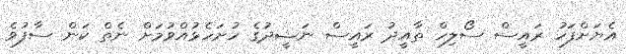
އެޔަށްފަހު ރައީސް ސޯލިހް ތާއީދު ރައީސް ނަޝީދުގެ ހުށަހެޅުއްވުމަށް ނެތް ކަން ސާފުވެ